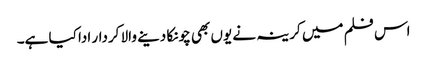
اس فلم میں کرینہ نے یوں بھی چونکا دینے والا کردار ادا کیا ہے۔